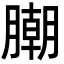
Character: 𣎢